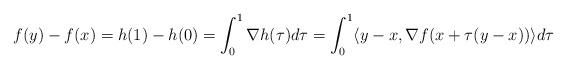
LaTeX: \begin{align*}f(y)-f(x)&=h(1)-h(0)=\int_{0}^{1}\nabla h(\tau)d\tau=\int_{0}^1\langle y-x,\nabla f(x+\tau(y-x))\rangle d\tau\end{align*}